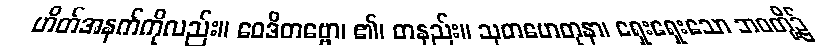
ဟိတ်အနက်ကိုလည်း။ ဝေဒိတဗ္ဗော၊ ၏၊ တနည်း။ သုတဟေတုနာ၊ ရှေးရှေးသော ဘဝတို့၌